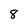
Character: 8